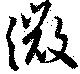
微